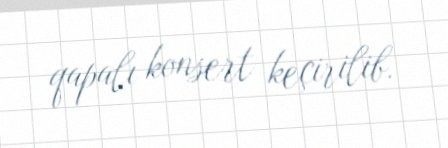
qapalı konsert keçirilib.